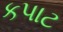
કપાટ